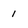
Character: 1